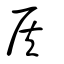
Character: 侯